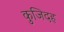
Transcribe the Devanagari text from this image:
कुजिदह